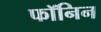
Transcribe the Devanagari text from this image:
फॉनिन